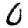
Digit: 0